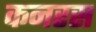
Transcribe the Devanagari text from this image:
कनरस